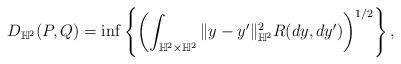
LaTeX: \begin{align*} D_{\mathbb{H}^2}(P,Q)=\inf\left\{\left(\int_{\mathbb{H}^2\times \mathbb{H}^2} \|y-y^{\prime}\|_{\mathbb{H}^2}^2 R(dy,dy^{\prime})\right)^{1/2}\right\},\end{align*}